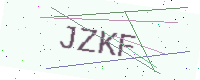
Text: JZKF